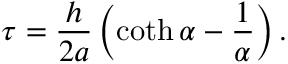
\tau = \frac { h } { 2 a } \left( \coth \alpha - \frac { 1 } { \alpha } \right) .